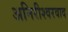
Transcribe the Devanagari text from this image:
अनिरीश्वरवाद